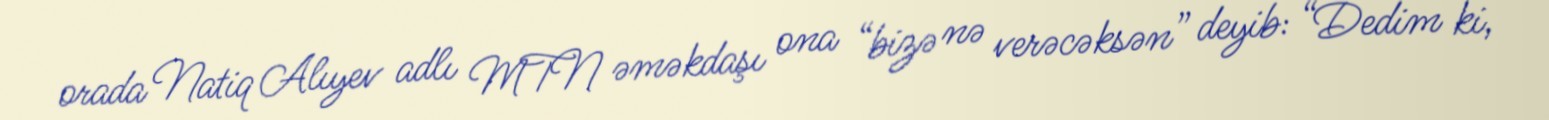
orada Natiq Alıyev adlı MTN əməkdaşı ona “bizə nə verəcəksən” deyib: “Dedim ki,